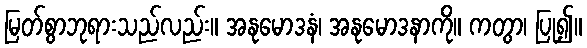
မြတ်စွာဘုရားသည်လည်း။ အနုမောဒနံ၊ အနုမောဒနာကို။ ကတွာ၊ ပြု၍။